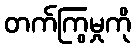
တက်ကြွမှုကို